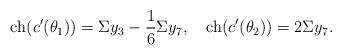
LaTeX: \begin{align*}\mathrm{ch}(c'(\theta_1))=\Sigma y_3-\frac{1}{6}\Sigma y_7,\quad\mathrm{ch}(c'(\theta_2))=2\Sigma y_7.\end{align*}